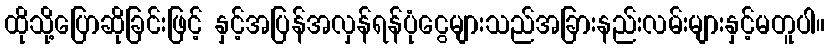
ထိုသို့ပြောဆိုခြင်းဖြင့် နှင့်အပြန်အလှန်ရန်ပုံငွေများသည်အခြားနည်းလမ်းများနှင့်မတူပါ။